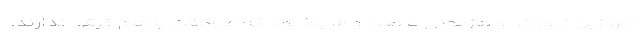
امروزین نبودند و هژمونی با صدا و سیما بود که می‌گفت با هم فرقی ندارند.